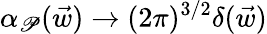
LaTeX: {\alpha}_{\mathscr{P}}(\vec{{w}})\to(2\pi)^{3/2}\delta(\vec{{w}})